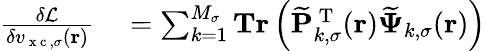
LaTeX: \begin{array}{rl}{\frac{\delta\mathcal{L}}{\delta v_{\mathrm{~x~c~},\sigma}(\boldsymbol{\textbf{r}})}}&{{}=\sum_{k=1}^{M_{\sigma}}\textbf{Tr}\left(\mathbf{\widetilde{P}}_{k,\sigma}^{\mathrm{~T~}}(\boldsymbol{\textbf{r}})\boldsymbol{\widetilde{\Psi}}_{k,\sigma}(\boldsymbol{\textbf{r}})\right)}\end{array}